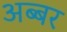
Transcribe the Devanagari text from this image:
अब्बर